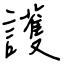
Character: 護